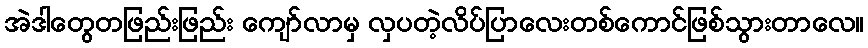
အဲဒါတွေတဖြည်းဖြည်း ကျော်လာမှ လှပတဲ့လိပ်ပြာလေးတစ်ကောင်ဖြစ်သွားတာလေ။